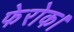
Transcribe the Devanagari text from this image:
फेरोक।